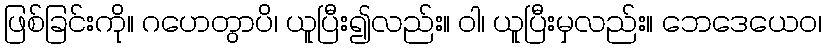
ဖြစ်ခြင်းကို။ ဂဟေတွာပိ၊ ယူပြီး၍လည်း။ ဝါ၊ ယူပြီးမှလည်း။ ဘေဒေယေဝ၊